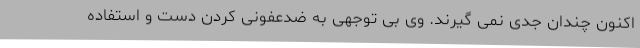
اکنون چندان جدی نمی گیرند. وی بی توجهی به ضدعفونی کردن دست و استفاده